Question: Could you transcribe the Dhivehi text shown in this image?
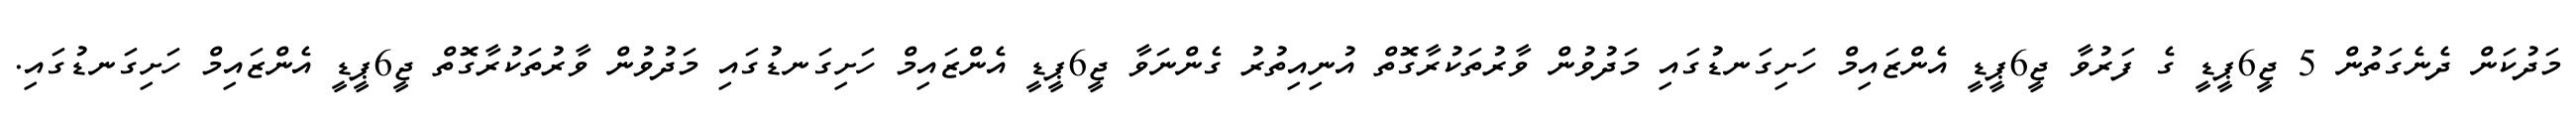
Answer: މަދުކަން ދެނެގަތުން 5 ޖީ6ޕީޑީ ގެ ފަރުވާ ޖީ6ޕީޑީ އެންޒައިމް ހަށިގަނޑުގައި މަދުވުން ވާރުތަކުރާގޮތް އުނިއިތުރު ގެންނަވާ ޖީ6ޕީޑީ އެންޒައިމް ހަށިގަނޑުގައި މަދުވުން ވާރުތަކުރާގޮތް ޖީ6ޕީޑީ އެންޒައިމް ހަށިގަނޑުގައި.